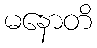
မနောတိ